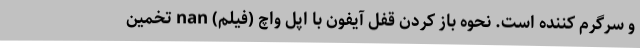
و سرگرم کننده است. نحوه باز کردن قفل آیفون با اپل واچ (فیلم) nan تخمین